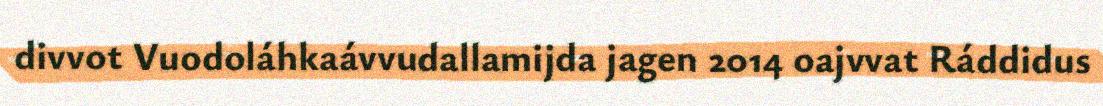
divvot Vuodoláhkaávvudallamijda jagen 2014 oajvvat Ráddidus